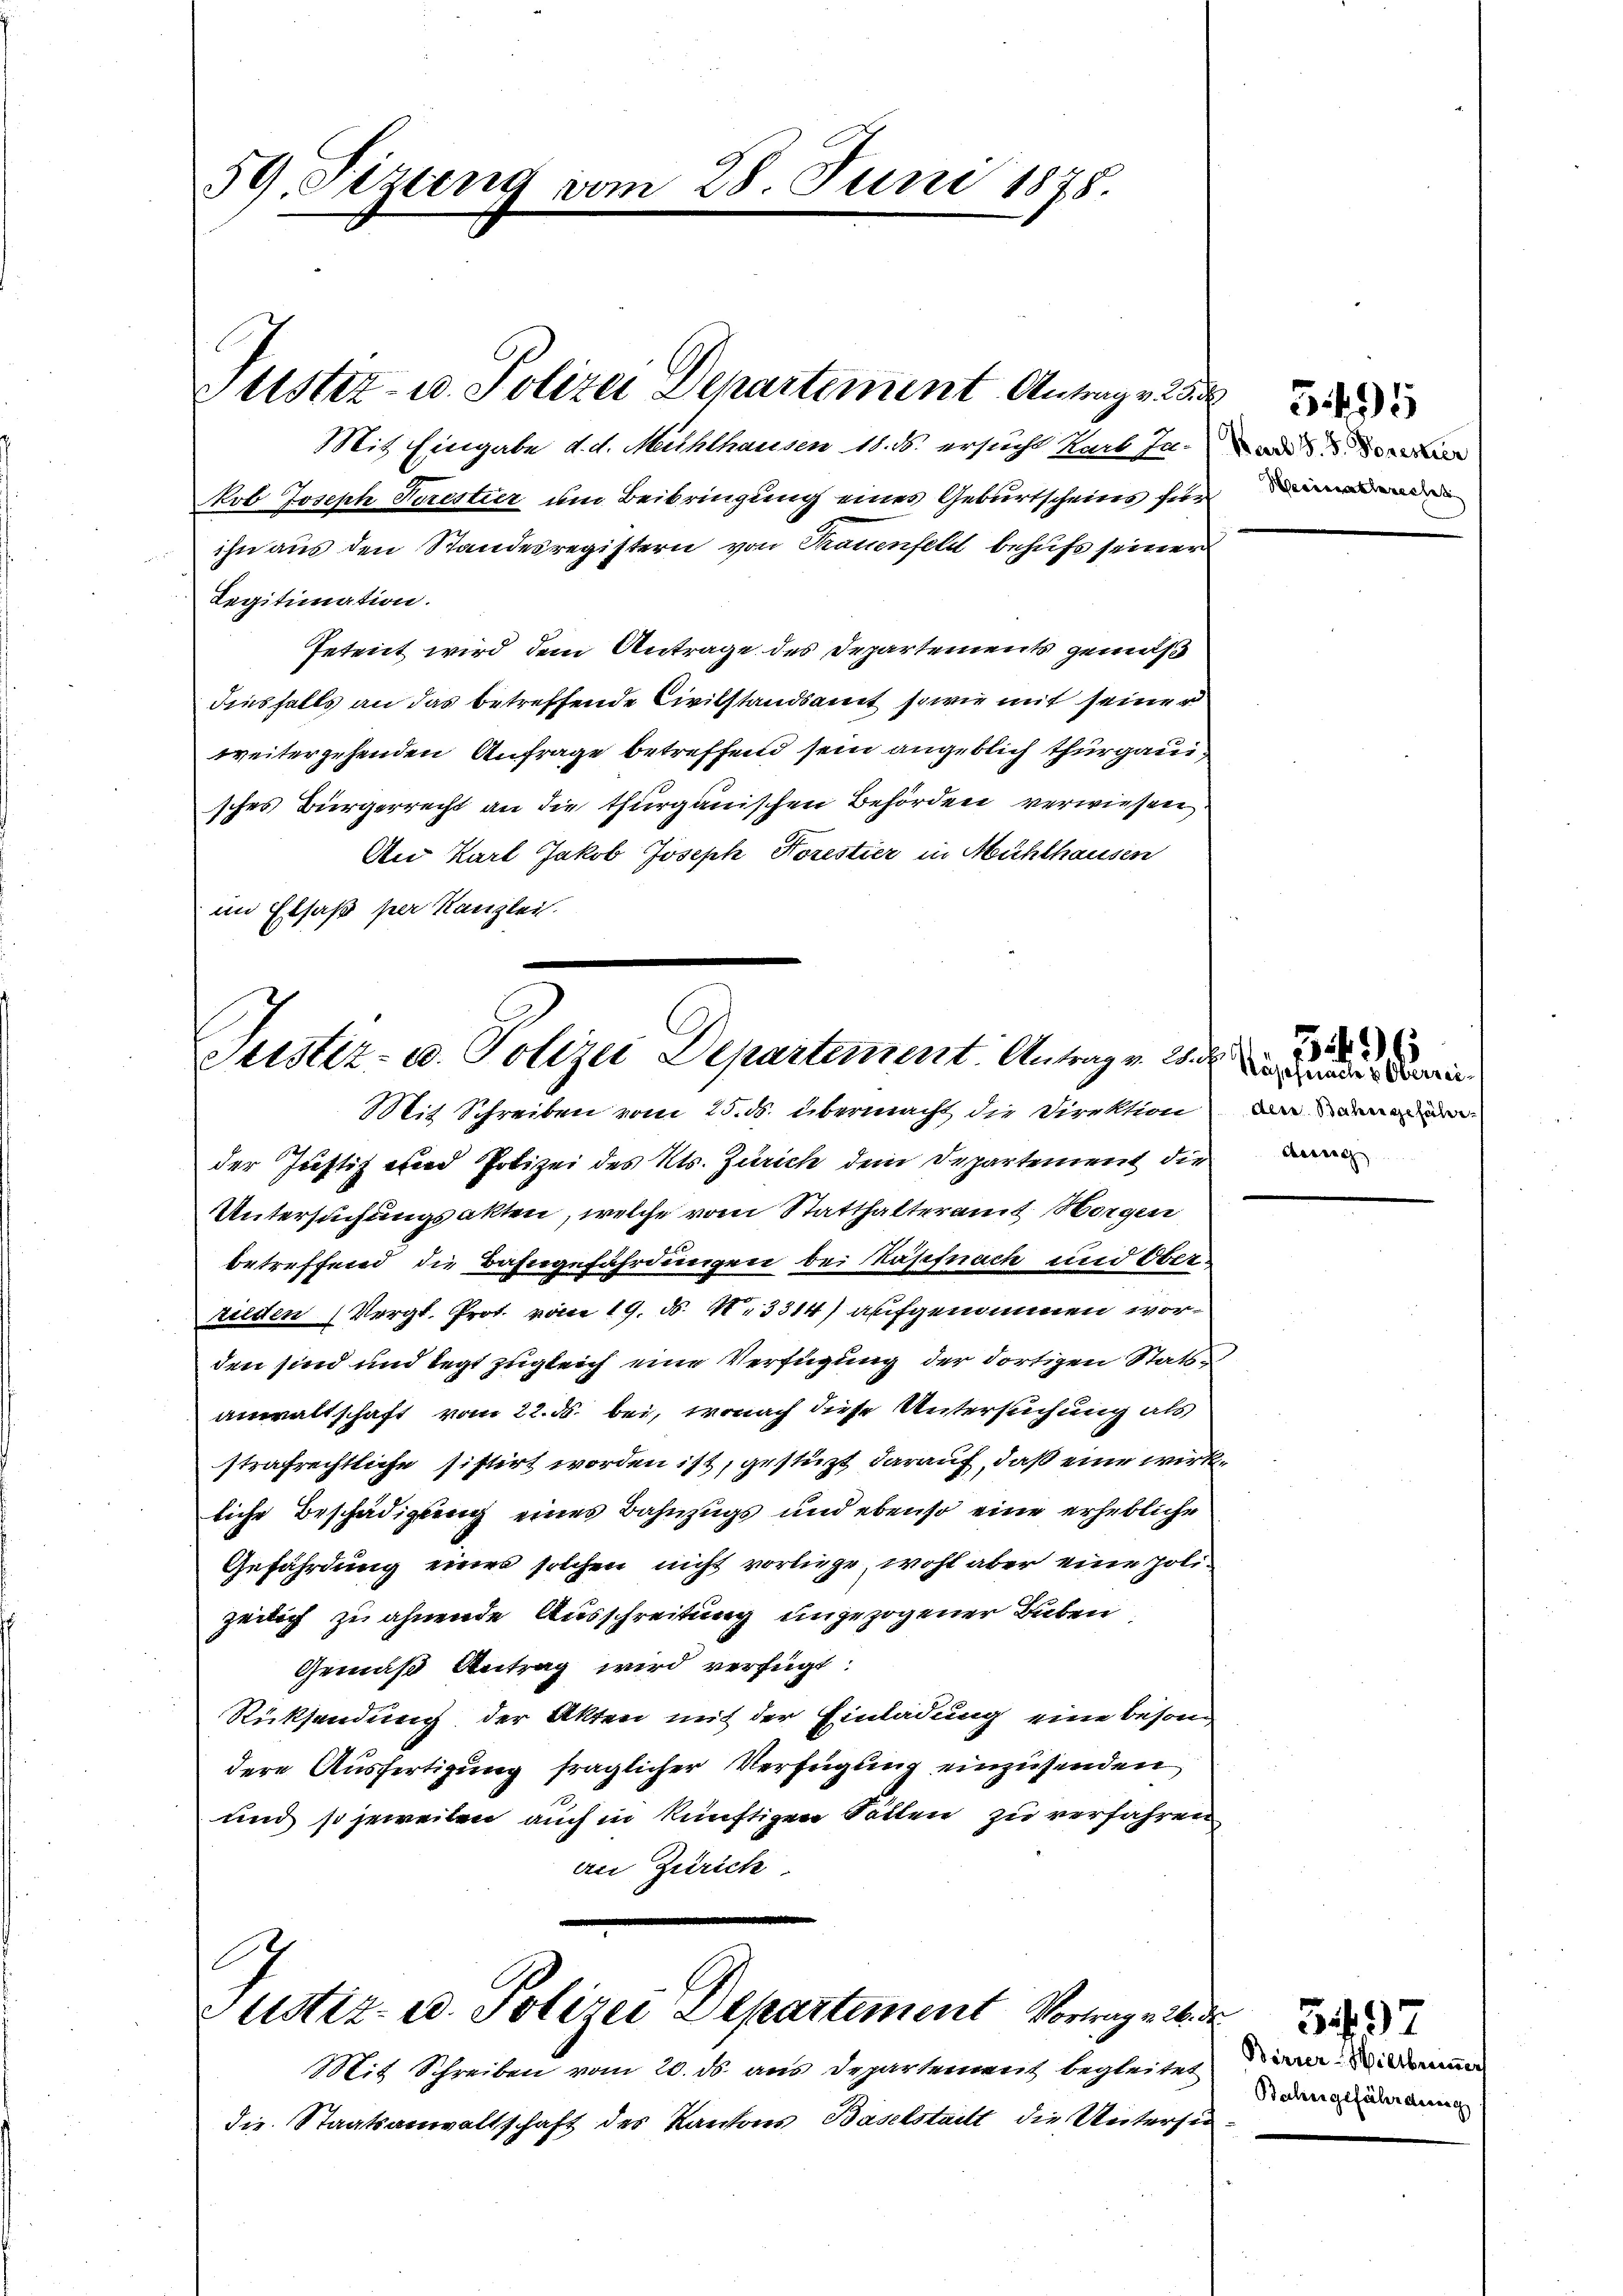
59. Sizung vom 28. Juni 1878.

Mit Eingabe d. d. Mühlhausen 18. ds. ersucht Karl Inkob Joseph Perestier um Beibringung eines Geburtscheins für
ihn aus den Standesregistern von Trauenfeld behufs seiner
Legitimation.
Petent wird dem Antrage des Departements gemäß
diesfalls an das betreffende Civilstandsamt sowie mit seiner
weitergehenden Anfrage betreffend sein angeblich thurgauisches Bürgerrecht an die thurgauischen Behörden verwiesen
An Karl Jakob Joseph Korestier in Mühlhausen
im Elsaß per Kanzlei.

Sttstiz- u. Polizei Departement Antrag 25

Justiz- u. Polizei Departement. Antragen. Was werden
Mit Schreiben vom 25. ds. übermacht die Direktion andern

der Justiz und Polizei des Kts. Zürich dem Departement die
Untersuchungsakten, welche vom Statthalteramt Horgen
betreffend die Bahngefährdungen bei Käpfnach und Oberrieden (Vergl. Prot. vom 19. d. 1. 3314) aufgenommen worden sind und legt zugleich eine Verfügung der dortigen Stattanwaltschaft vom 22. ds. bei, wonach diese Untersuchung als
strafrechtliche sistirt worden ist, gestüzt darauf, daß eine wirkliche Beschädigung eines Bahnzugs und ebenso eine erhebliche
Gefährdung einer solchen nicht vorliege, wohl aber eine polizeilich zu ahnende Ausschreitung ungezogener Buben
Gemäß Antrag wird verfügt:
Rücksendung der Akten mit der Einladung eine besondere Ausfertigung fraglicher Verfügung einzusenden,
und so jeweiten auch in künftigen Sätten zu verfahren
an Zürich

C
ustiz- u. Polizei Departement Vortrage

Mit Schreiben vom 20. ds. aus Departement begleitet
die Staatsanwaltschaft des Kantons Baselstatt die Untersu

Herin aberecht

3496

ch
Berrer-Wiltbrunner
Bahngefährdung

3497